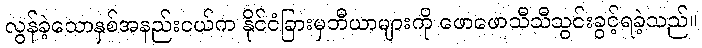
လွန်ခဲ့သောနှစ်အနည်းငယ်က နိုင်ငံခြားမှဘီယာများကို ဖောဖောသီသီသွင်းခွင့်ရခဲ့သည်။